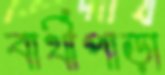
বার্থীপাড়া